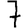
Digit: 7